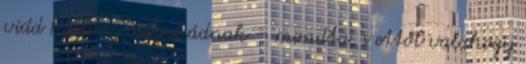
vidd haza az anyukádnak – mondta, s ettől valahogy